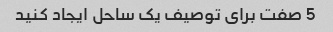
5 صفت برای توصیف یک ساحل ایجاد کنید